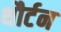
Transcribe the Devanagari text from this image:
थौर्टन